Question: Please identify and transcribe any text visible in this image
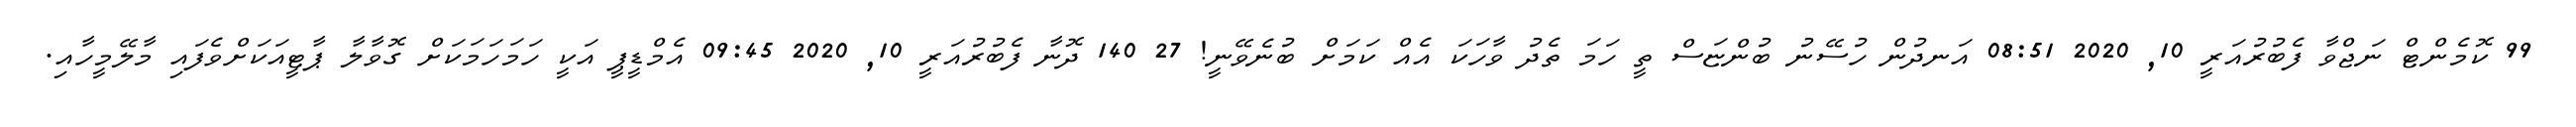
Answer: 99 ކޮމެންޓް ނަޖްވާ ފެބުރުއަރީ 10, 2020 08:51 އަނދުން ހުސޭނު ބުންޏަސް ތީ ހަމަ ތެދު ވާހަކަ އެއް ކަމަށް ބުނެވޭނީ! 27 140 ދޮނާ ފެބުރުއަރީ 10, 2020 09:45 އެމްޑީޕީ އަކީ ހަމަހަމަކަށް ގޮވާލާ ޕާޓީއަކަށްވެފައި މާލޭމީހާއި.